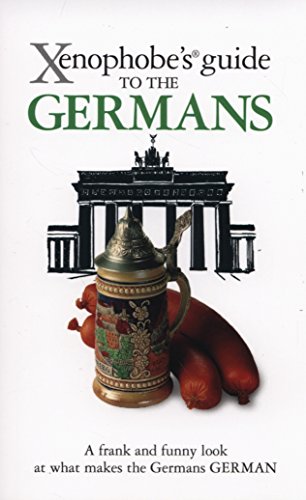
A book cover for Xenophobe's Guide to the Germans; Stefan Zeidenitz; Travel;